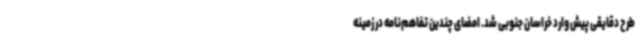
طرح دقایقی پیش وارد خراسان جنوبی شد. امضای چندین تفاهم‌نامه در زمینه